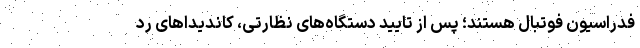
فدراسیون فوتبال هستند؛ پس از تایید دستگاه‌های نظارتی، کاندیداهای رد